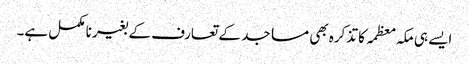
ایسے ہی مکہ معظمہ کا تذکرہ بھی مساجد کے تعارف کے بغیر نا مکمل ہے۔